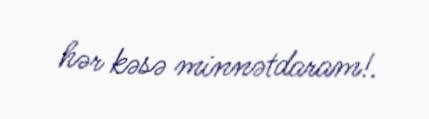
hər kəsə minnətdaram!.